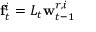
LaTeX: \mathbf { f } _ { t } ^ { i } = L _ { t } \mathbf { w } _ { t - 1 } ^ { r , i }